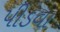
પીડવા